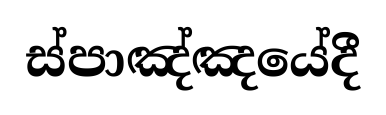
ස්පාඤ්ඤයේදී